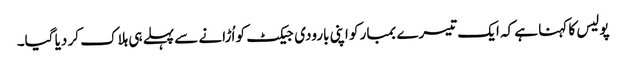
پولیس کا کہنا ہے کہ ایک تیسرے بمبار کو اپنی بارودی جیکٹ کو اُڑانے سے پہلے ہی ہلاک کر دیا گیا۔